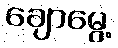
ချောမွေ့